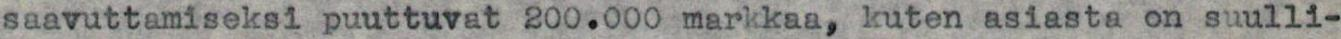
saavuttamiseksi puuttuvat 200.000 markkaa, kuten asiasta on suulli-